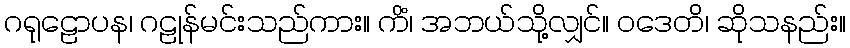
ဂရုဠောပန၊ ဂဠုန်မင်းသည်ကား။ ကိံ၊ အဘယ်သို့လျှင်။ ဝဒေတိ၊ ဆိုသနည်း။